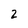
Character: 2